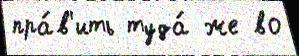
пра́в'ить туда́ же во